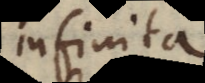
nfinita.